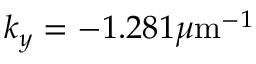
k _ { y } = - 1 . 2 8 1 \mu \mathrm { m } ^ { - 1 }